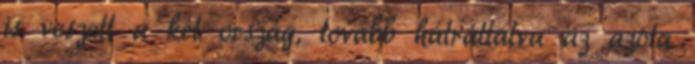
is veszett a két ország, tovább hátráltatva az azóta